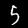
Digit: 5